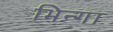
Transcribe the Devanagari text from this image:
भिन्गा